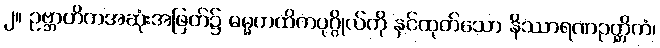
၂။ ဥဗ္ဘာဟိကအဆုံးအဖြတ်၌ ဓမ္မကထိကပုဂ္ဂိုလ်ကို နှင်ထုတ်သော နိဿာရဏဉတ္တိကံ၊